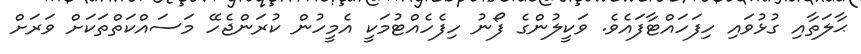
ޙާލަތާއި ގުޅުވައި ހިފަހައްޓާފައެވެ. ވަކީލުންގެ ފޯނު ހިފެހެއްޓުމަކީ އެމީހުން ކުރަންޖެހޭ މަސައްކަތްތަކަށް ވަރަށް